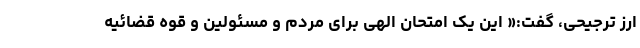
ارز ترجیحی، گفت:« این یک امتحان الهی برای مردم و مسئولین و قوه قضائیه